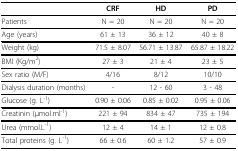
<table><thead><tr><td></td><td><b>CRF</b></td><td><b>HD</b></td><td><b>PD</b></td></tr></thead><tbody><tr><td>Patients</td><td>N = 20</td><td>N = 20</td><td>N = 20</td></tr><tr><td>Age (years)</td><td>61 ± 13</td><td>36 ± 12</td><td>40 ± 8</td></tr><tr><td>Weight (kg)</td><td>71.5 ± 8.07</td><td>56.71 ± 13.87</td><td>65.87 ± 18.22</td></tr><tr><td>BMI (Kg/m<sup>2</sup>)</td><td>27 ± 3</td><td>21 ± 4</td><td>23 ± 5</td></tr><tr><td>Sex ratio (M/F)</td><td>4/16</td><td>8/12</td><td>10/10</td></tr><tr><td>Dialysis duration (months)</td><td>-</td><td>12 - 60</td><td>3 - 48</td></tr><tr><td>Glucose (g. L<sup>-1</sup>)</td><td>0.90 ± 0.06</td><td>0.85 ± 0.02</td><td>0.95 ± 0.06</td></tr><tr><td>Creatinin (μmol.ml<sup>-1</sup>)</td><td>221 ± 94</td><td>834 ± 47</td><td>735 ± 194</td></tr><tr><td>Urea (mmol.L<sup>-1</sup>)</td><td>12 ± 4</td><td>14 ± 1</td><td>12 ± 0.8</td></tr><tr><td>Total proteins (g. L<sup>-1</sup>)</td><td>66 ± 0.6</td><td>60 ± 1.2</td><td>57 ± 0.9</td></tr></tbody></table>